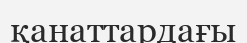
қанаттардағы